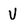
Character: V